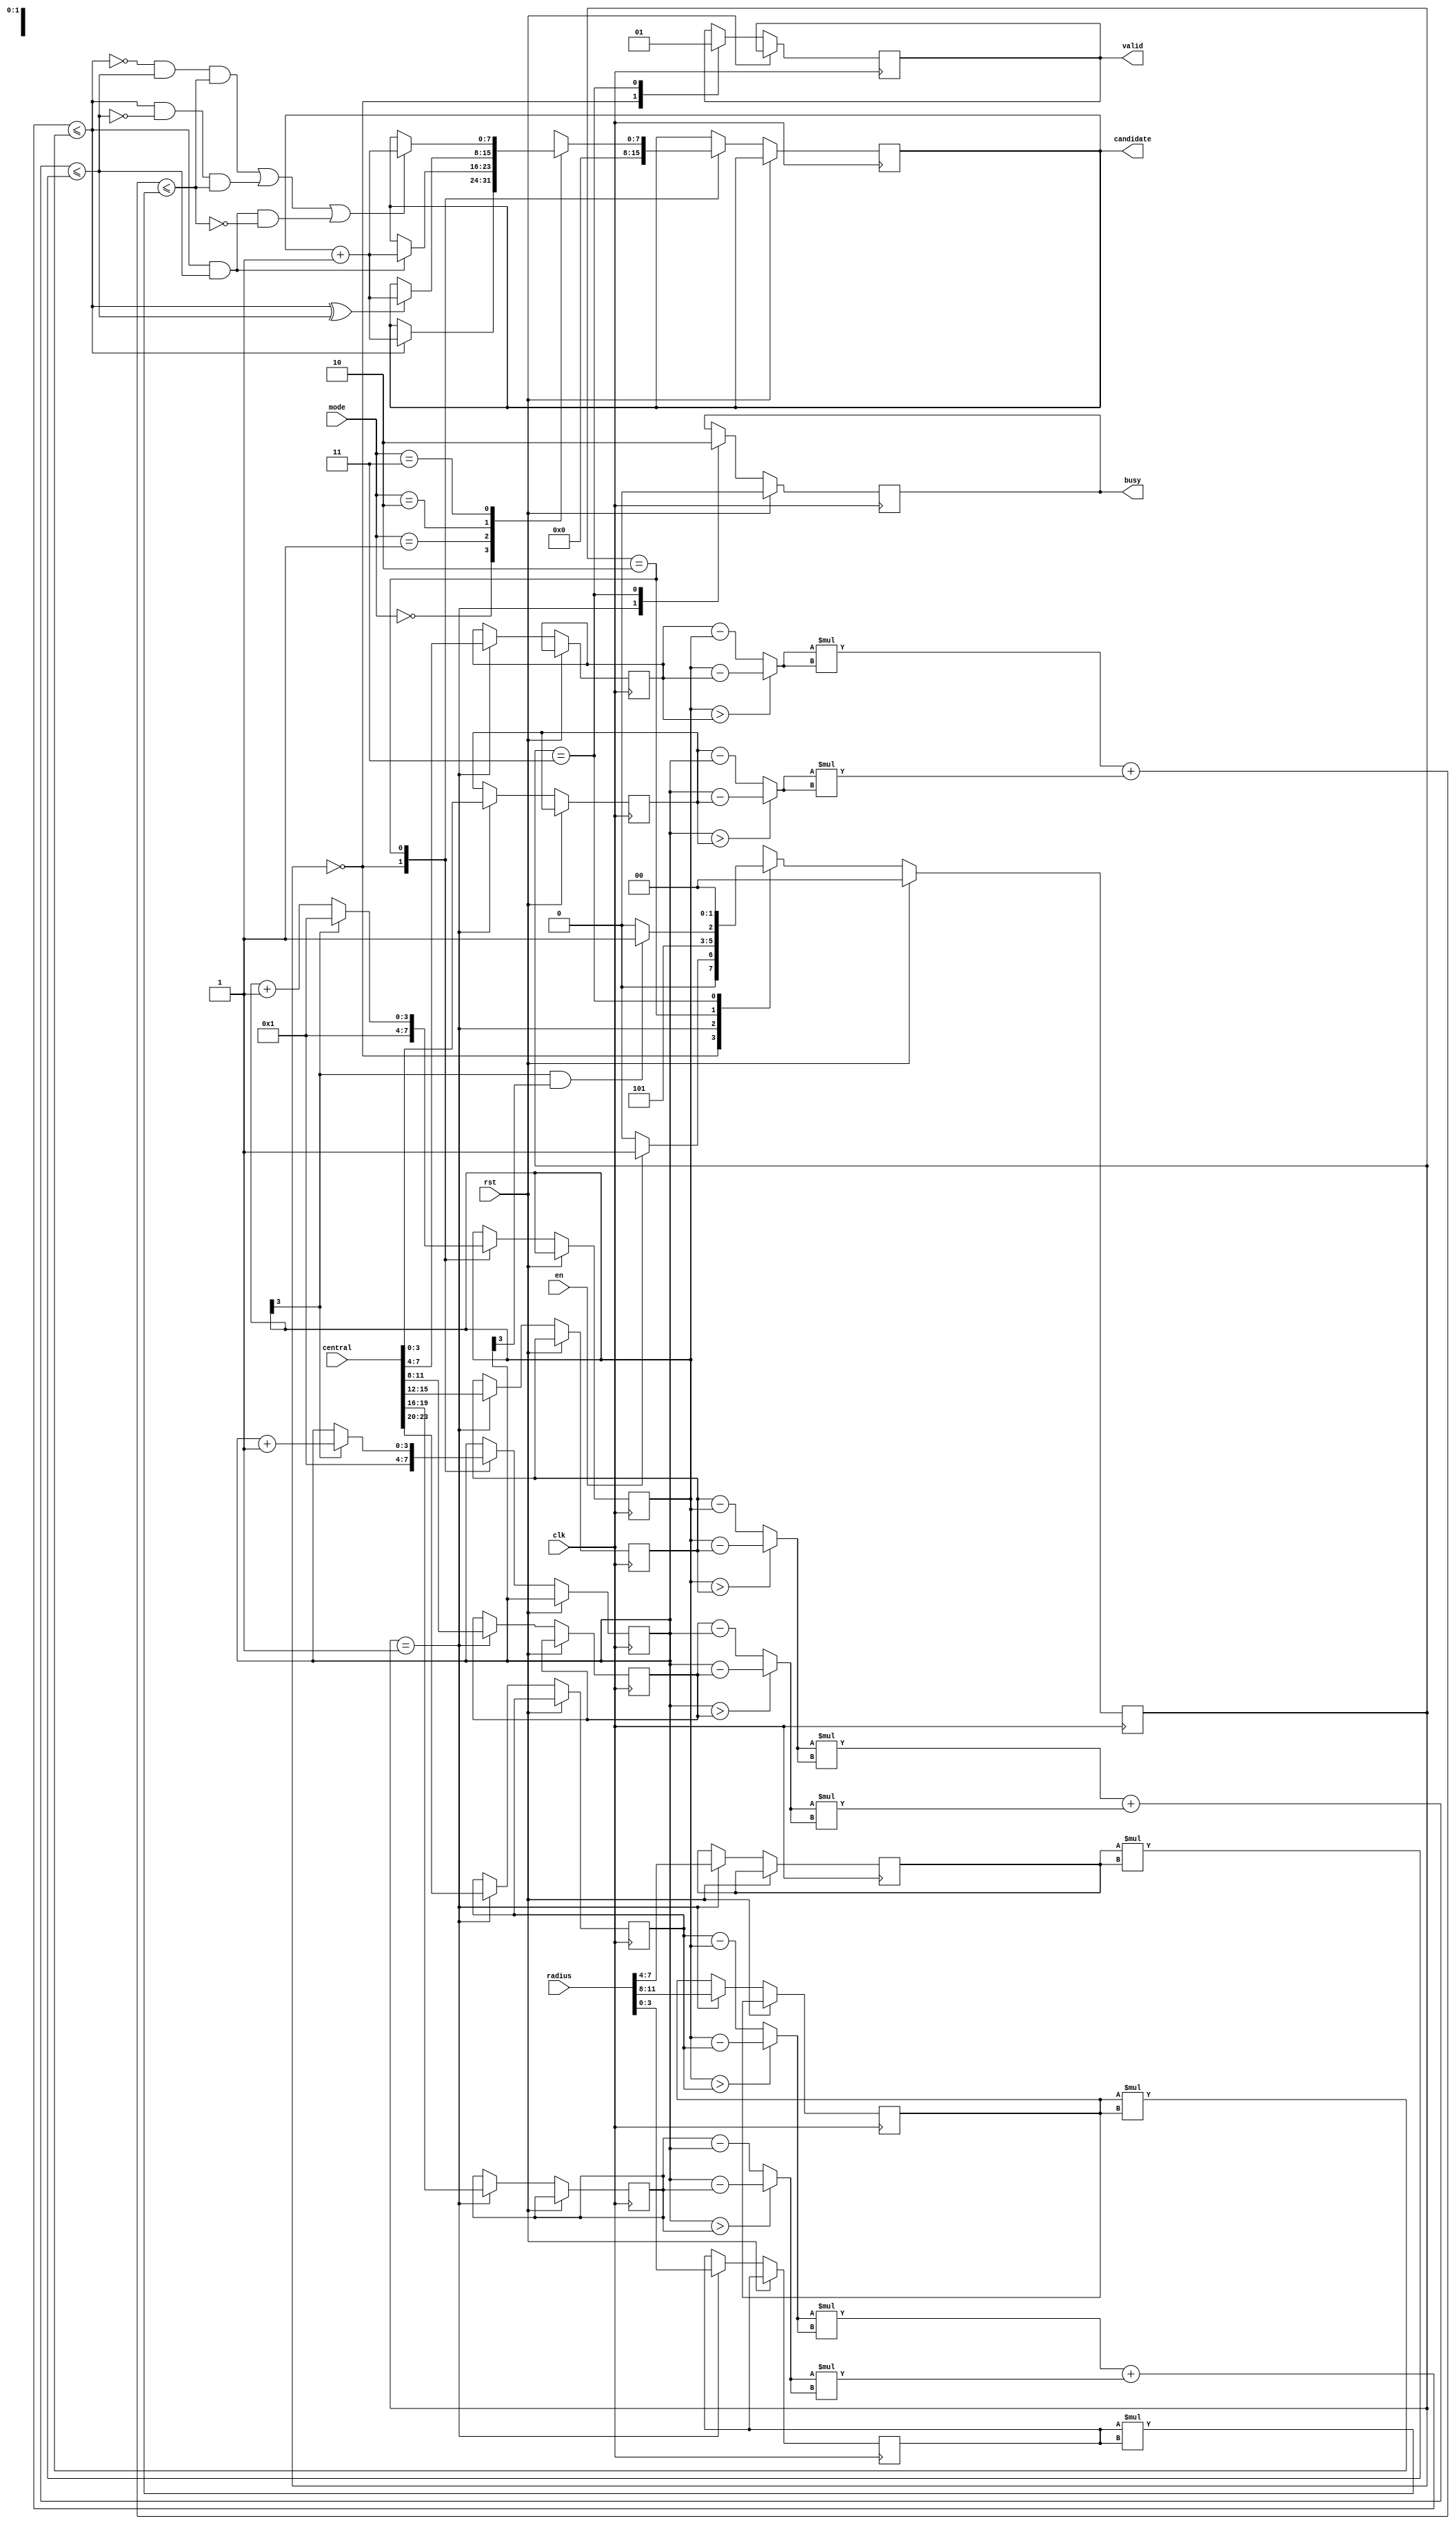
module SET ( clk , rst, en, central, radius, mode, busy, valid, candidate );

input clk, rst;
input en;
input [23:0] central;
input [11:0] radius;
input [1:0] mode;

output reg busy;
output reg valid;
output reg [7:0] candidate;

reg [1:0] curr_state, next_state;
reg [3:0] x_a, y_a, x_b, y_b, x_c, y_c;
reg [3:0] r_a, r_b, r_c;
reg [3:0] curr_x, curr_y;

wire [3:0] diff_x_a, diff_y_a, diff_x_b, diff_y_b, diff_x_c, diff_y_c;
wire [7:0] r_a_sqr, r_b_sqr, r_c_sqr;
wire [7:0] diff_x_a_sqr, diff_y_a_sqr, diff_x_b_sqr, diff_y_b_sqr, diff_x_c_sqr, diff_y_c_sqr;
wire [7:0] dist_a, dist_b, dist_c;
wire A, B, C;

assign diff_x_a = (curr_x > x_a) ? curr_x - x_a : x_a - curr_x;
assign diff_y_a = (curr_y > y_a) ? curr_y - y_a : y_a - curr_y;
assign diff_x_b = (curr_x > x_b) ? curr_x - x_b : x_b - curr_x;
assign diff_y_b = (curr_y > y_b) ? curr_y - y_b : y_b - curr_y;
assign diff_x_c = (curr_x > x_c) ? curr_x - x_c : x_c - curr_x;
assign diff_y_c = (curr_y > y_c) ? curr_y - y_c : y_c - curr_y;

assign diff_x_a_sqr = diff_x_a * diff_x_a;
assign diff_y_a_sqr = diff_y_a * diff_y_a;
assign diff_x_b_sqr = diff_x_b * diff_x_b;
assign diff_y_b_sqr = diff_y_b * diff_y_b;
assign diff_x_c_sqr = diff_x_c * diff_x_c;
assign diff_y_c_sqr = diff_y_c * diff_y_c;

assign r_a_sqr = r_a * r_a; 
assign r_b_sqr = r_b * r_b;
assign r_c_sqr = r_c * r_c;

assign A = (diff_x_a_sqr + diff_y_a_sqr) <= r_a_sqr;
assign B = (diff_x_b_sqr + diff_y_b_sqr) <= r_b_sqr;
assign C = (diff_x_c_sqr + diff_y_c_sqr) <= r_c_sqr;


parameter WAIT = 2'b00;
parameter INPUT = 2'b01;
parameter COMPARE = 2'b10;
parameter OUTPUT = 2'b11;

always@(posedge clk) begin
    if(rst) begin
        busy <= 0;
        curr_state <= WAIT;   
    end 
    else begin
        curr_state <= next_state;
        case (curr_state)
            WAIT: begin
                curr_x <= 1;
                curr_y <= 1;
                candidate <= 0;
                valid <= 0;
            end
            INPUT: begin
                x_a <= central[23:20];
                y_a <= central[19:16];
                x_b <= central[15:12];
                y_b <= central[11:8];
                x_c <= central[7:4];
                y_c <= central[3:0];
                r_a <= radius[11:8];
                r_b <= radius[7:4];
                r_c <= radius[3:0];
                busy <= 1;
            end
            COMPARE: begin
                case (mode)
                    2'b00: // A
                        candidate <= (A) ? candidate + 1 : candidate;
                    2'b01: // A & B
                        candidate <= (A & B) ? candidate + 1 : candidate;
                    2'b10: // A ^ B
                        candidate <= (A ^ B) ? candidate + 1 : candidate;
                    2'b11: // A & B + B & C + A & C - A & B & C
                        candidate <= ((~A & B & C) | (A & ~B & C) | (A & B & ~C)) ? candidate + 1 : candidate;
                endcase
                curr_x <= (curr_x[3]) ? 1 : curr_x + 1;
                curr_y <= (curr_x[3]) ? curr_y + 1 : curr_y;
            end
            OUTPUT: begin
                valid <= 1;
                busy <= 0;
            end
        endcase
    end
end

always @(*) begin
    case (curr_state)
        WAIT: 
            next_state = (en) ? INPUT : WAIT; 
        INPUT: 
            next_state = COMPARE;
        COMPARE: 
            next_state = (curr_x[3] & curr_y[3]) ? OUTPUT : COMPARE;
        OUTPUT:
            next_state = WAIT;
    endcase
end



endmodule